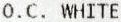
O.C. WHITE